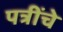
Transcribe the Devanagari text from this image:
पत्रींचे